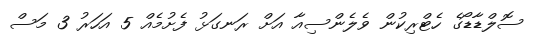
ސޮލްޑާޑޯގެ ހެޓްރިކުން ވެލެންސިއާ އަށް ރަނގަޅު ފެށުމެއް 5 އަހަރު 3 މަސް